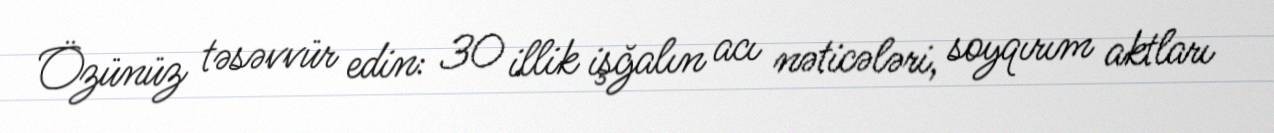
Özünüz təsəvvür edin: 30 illik işğalın acı nəticələri, soyqırım aktları